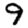
Digit: 9